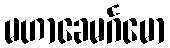
မဟာခေမင်္ဂမော